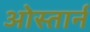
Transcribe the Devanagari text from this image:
ओस्तार्न